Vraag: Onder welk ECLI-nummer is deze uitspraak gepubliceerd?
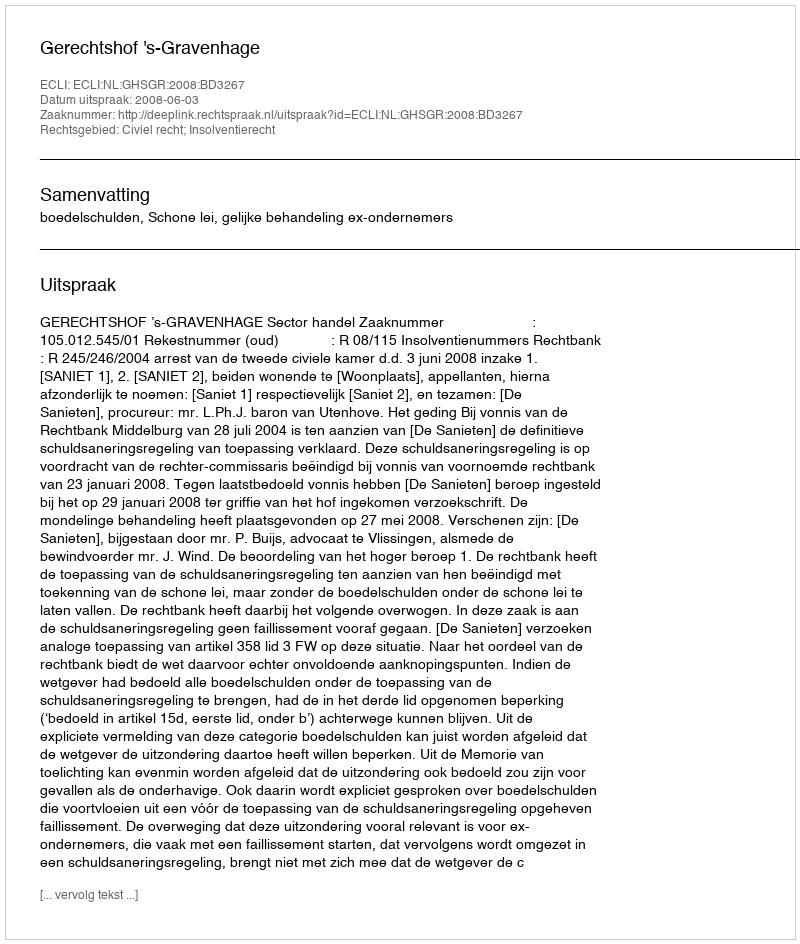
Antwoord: ECLI:NL:GHSGR:2008:BD3267